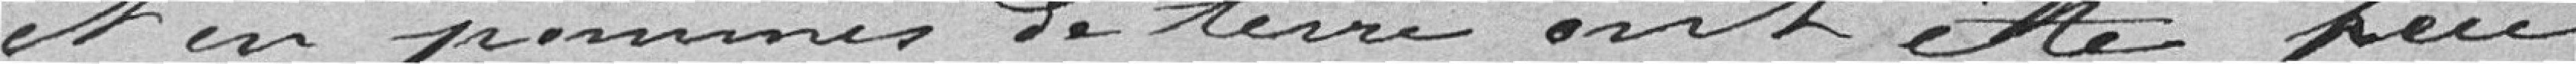
et en pommes de terre ont été pure